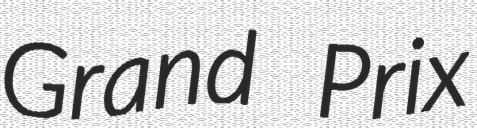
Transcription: Grand Prix